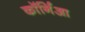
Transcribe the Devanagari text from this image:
कॉर्निआ